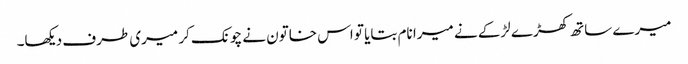
میرے ساتھ کھڑے لڑکے نے میرا نام بتایا تو اس خاتون نے چونک کر میری طرف دیکھا۔